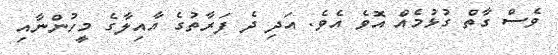
ވެސް ގާތް ގުޅުމެއް އޮވެ އެވެ. އަދި ދެ ފަރާތުގެ އާއިލާގެ މީހުންނާއި